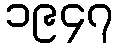
၁၉၄၇